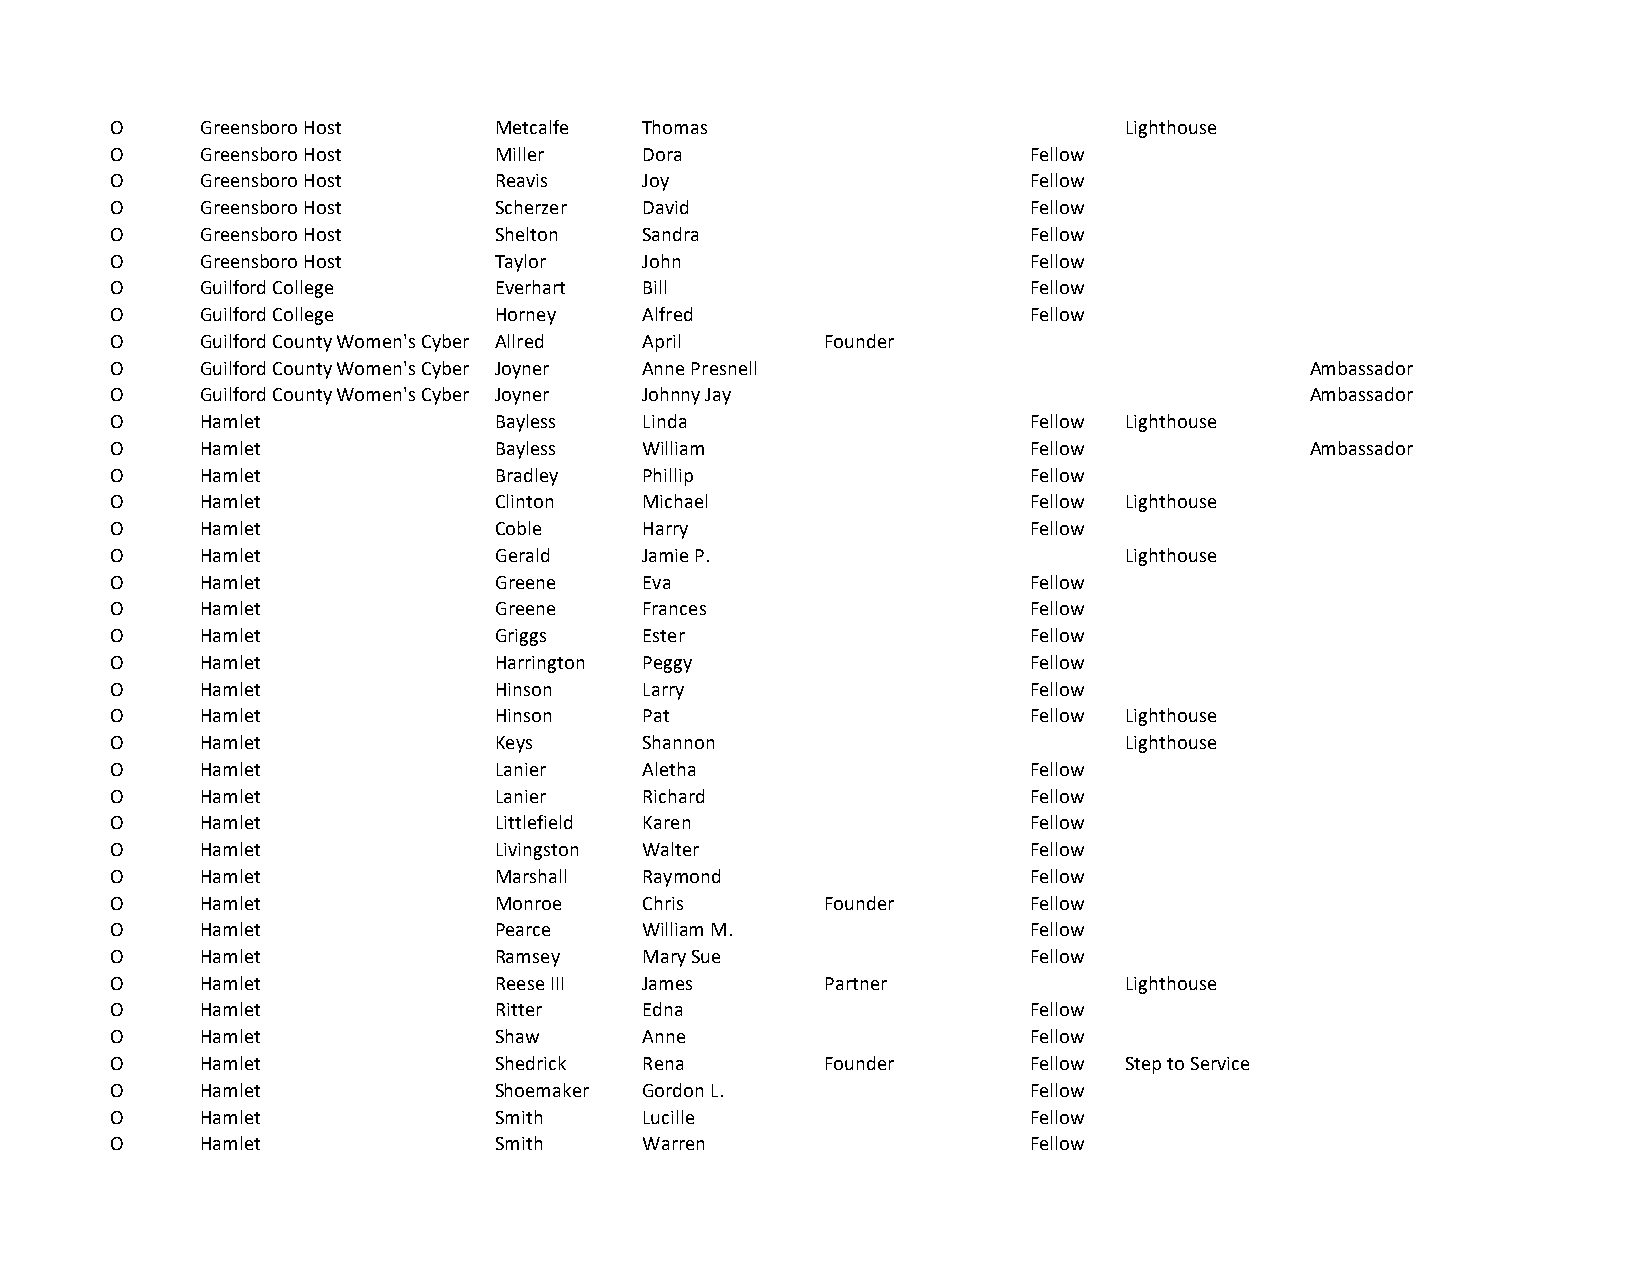
O     Greensboro Host     Metcalfe  Thomas                         Lighthouse
 O     Greensboro Host     Miller    Dora                     Fellow
 O     Greensboro Host     Reavis    Joy                      Fellow
 O     Greensboro Host     Scherzer  David                    Fellow
 O     Greensboro Host     Shelton   Sandra                   Fellow
 O     Greensboro Host     Taylor    John                     Fellow
 O     Guilford College    Everhart  Bill                     Fellow
 O     Guilford College    Horney    Alfred                   Fellow
 O     Guilford County Women's Cyber Allred April Founder
 O     Guilford County Women's Cyber Joyner Anne Presnell                        Ambassador
 O     Guilford County Women's Cyber Joyner Johnny Jay                           Ambassador
 O     Hamlet              Bayless   Linda                    Fellow Lighthouse
 O     Hamlet              Bayless   William                  Fellow             Ambassador
 O     Hamlet              Bradley   Phillip                  Fellow
 O     Hamlet              Clinton   Michael                  Fellow Lighthouse
 O     Hamlet              Coble     Harry                    Fellow
 O     Hamlet              Gerald    Jamie P.                       Lighthouse
 O     Hamlet              Greene    Eva                      Fellow
 O     Hamlet              Greene    Frances                  Fellow
 O     Hamlet              Griggs    Ester                    Fellow
 O     Hamlet              Harrington Peggy                   Fellow
 O     Hamlet              Hinson    Larry                    Fellow
 O     Hamlet              Hinson    Pat                      Fellow Lighthouse
 O     Hamlet              Keys      Shannon                        Lighthouse
 O     Hamlet              Lanier    Aletha                   Fellow
 O     Hamlet              Lanier    Richard                  Fellow
 O     Hamlet              Littlefield Karen                  Fellow
 O     Hamlet              Livingston Walter                  Fellow
 O     Hamlet              Marshall  Raymond                  Fellow
 O     Hamlet              Monroe    Chris       Founder      Fellow
 O     Hamlet              Pearce    William M.               Fellow
 O     Hamlet              Ramsey    Mary Sue                 Fellow
 O     Hamlet              Reese III James       Partner            Lighthouse
 O     Hamlet              Ritter    Edna                     Fellow
 O     Hamlet              Shaw      Anne                     Fellow
 O     Hamlet              Shedrick  Rena        Founder      Fellow Step to Service
 O     Hamlet              Shoemaker Gordon L.                Fellow
 O     Hamlet              Smith     Lucille                  Fellow
 O     Hamlet              Smith     Warren                   Fellow